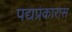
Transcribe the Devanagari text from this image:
पद्यप्रकारास